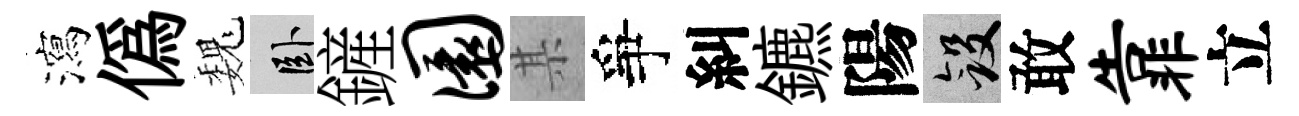
瀉偽巍卧鏟圜某爭糾鑣陽斂敢靠立